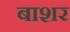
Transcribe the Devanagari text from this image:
बाशर